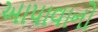
આપાવાનો